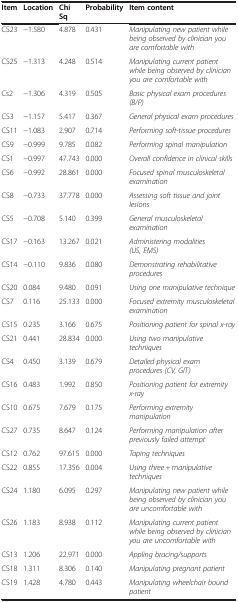
<table><thead><tr><td><b>Item</b></td><td><b>Location</b></td><td><b>Chi Sq</b></td><td><b>Probability</b></td><td><b>Item content</b></td></tr></thead><tbody><tr><td>CS23</td><td>−1.580</td><td>4.878</td><td>0.431</td><td><i>Manipulating new patient while being observed by clinician you are comfortable with</i></td></tr><tr><td>CS25</td><td>−1.313</td><td>4.248</td><td>0.514</td><td><i>Manipulating current patient while being observed by clinician you are comfortable with</i></td></tr><tr><td>Cs2</td><td>−1.306</td><td>4.319</td><td>0.505</td><td><i>Basic physical exam procedures (B/P)</i></td></tr><tr><td>CS3</td><td>−1.157</td><td>5.417</td><td>0.367</td><td><i>General physical exam procedures</i></td></tr><tr><td>CS11</td><td>−1.083</td><td>2.907</td><td>0.714</td><td><i>Performing soft-tissue procedures</i></td></tr><tr><td>CS9</td><td>−0.999</td><td>9.785</td><td>0.082</td><td><i>Performing spinal manipulation</i></td></tr><tr><td>CS1</td><td>−0.997</td><td>47.743</td><td>0.000</td><td><i>Overall confidence in clinical skills</i></td></tr><tr><td>CS6</td><td>−0.992</td><td>28.861</td><td>0.000</td><td><i>Focused spinal musculoskeletal examination</i></td></tr><tr><td>CS8</td><td>−0.733</td><td>37.778</td><td>0.000</td><td><i>Assessing soft tissue and joint lesions</i></td></tr><tr><td>CS5</td><td>−0.708</td><td>5.140</td><td>0.399</td><td><i>General musculoskeletal examination</i></td></tr><tr><td>CS17</td><td>−0.163</td><td>13.267</td><td>0.021</td><td><i>Administering modalities (US, EMS)</i></td></tr><tr><td>CS14</td><td>−0.110</td><td>9.836</td><td>0.080</td><td><i>Demonstrating rehabilitative procedures</i></td></tr><tr><td>CS20</td><td>0.084</td><td>9.480</td><td>0.091</td><td><i>Using one manipulative technique</i></td></tr><tr><td>CS7</td><td>0.116</td><td>25.133</td><td>0.000</td><td><i>Focused extremity musculoskeletal examination</i></td></tr><tr><td>CS15</td><td>0.235</td><td>3.166</td><td>0.675</td><td><i>Positioning patient for spinal x-ray</i></td></tr><tr><td>CS21</td><td>0.441</td><td>28.834</td><td>0.000</td><td><i>Using two manipulative techniques</i></td></tr><tr><td>CS4</td><td>0.450</td><td>3.139</td><td>0.679</td><td><i>Detailed physical exam procedures (CV, GIT)</i></td></tr><tr><td>CS16</td><td>0.483</td><td>1.992</td><td>0.850</td><td><i>Positioning patient for extremity x-ray</i></td></tr><tr><td>CS10</td><td>0.675</td><td>7.679</td><td>0.175</td><td><i>Performing extremity manipulation</i></td></tr><tr><td>CS27</td><td>0.735</td><td>8.647</td><td>0.124</td><td><i>Performing manipulation after previously failed attempt</i></td></tr><tr><td>CS12</td><td>0.762</td><td>97.615</td><td>0.000</td><td><i>Taping techniques</i></td></tr><tr><td>CS22</td><td>0.855</td><td>17.356</td><td>0.004</td><td><i>Using three + manipulative techniques</i></td></tr><tr><td>CS24</td><td>1.180</td><td>6.095</td><td>0.297</td><td><i>Manipulating new patient while being observed by clinician you are uncomfortable with</i></td></tr><tr><td>CS26</td><td>1.183</td><td>8.938</td><td>0.112</td><td><i>Manipulating current patient while being observed by clinician you are uncomfortable with</i></td></tr><tr><td>CS13</td><td>1.206</td><td>22.971</td><td>0.000</td><td><i>Appling bracing/supports</i></td></tr><tr><td>CS18</td><td>1.311</td><td>8.306</td><td>0.140</td><td><i>Manipulating pregnant patient</i></td></tr><tr><td>CS19</td><td>1.428</td><td>4.780</td><td>0.443</td><td><i>Manipulating wheelchair bound patient</i></td></tr></tbody></table>